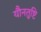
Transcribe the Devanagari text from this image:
यौनतुष्टि